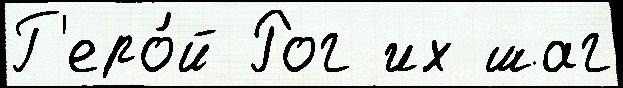
Г'еро́й Рог их шаг